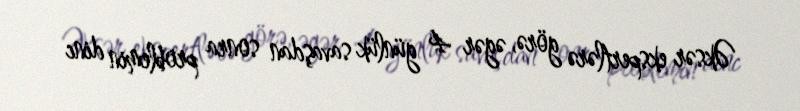
Əksər ekspertlərə görə, əgər 4 günlük savaşdan sonra problemin dinc